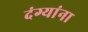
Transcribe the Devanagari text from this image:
दंग्यांना